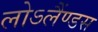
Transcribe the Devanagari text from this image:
लोऽलैंण्डस